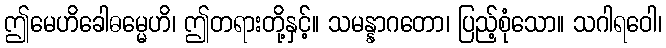
ဤမေဟိခေါဓမ္မေဟိ၊ ဤတရားတို့နှင့်။ သမန္နာဂတော၊ ပြည့်စုံသော။ သဂါရဝေါ၊